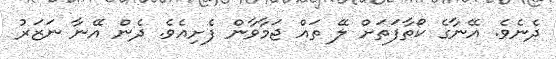
ދެނެވެ. އޭނާގެ ކޯތާފަތަށް ލޭ ތައް ޖަމާވާން ފެށިއެވެ. ދެން އޭނާ ނަޒަރު